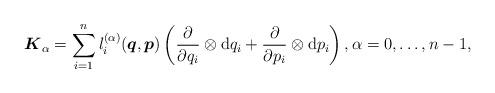
LaTeX: \begin{gather*}\boldsymbol{K}_\alpha=\sum _{i=1}^n l_{i } ^{(\alpha)}( \boldsymbol{q},\boldsymbol{p})\left(\frac{\partial}{\partial q_i}\otimes \mathrm{d} q_i + \frac{\partial}{\partial p_i}\otimes \mathrm{d} p_i\right ), \alpha=0,\ldots,n-1, \end{gather*}